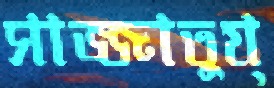
সাজ্জাতুয্